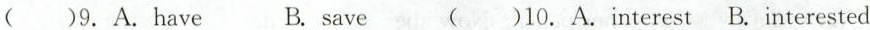
( )9.A.have B. save ( )10.A.interest B. interested